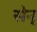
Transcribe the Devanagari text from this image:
सेन्‌